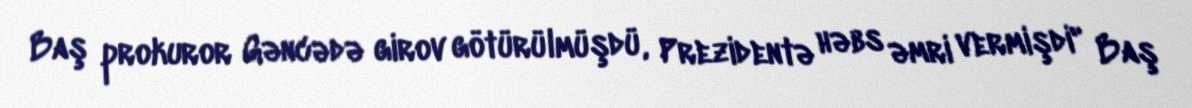
Baş prokuror Gəncədə girov götürülmüşdü, Prezidentə həbs əmri vermişdi" Baş